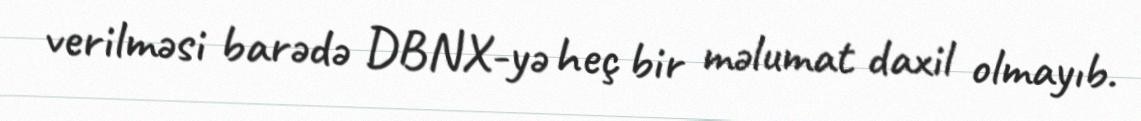
verilməsi barədə DBNX-yə heç bir məlumat daxil olmayıb.